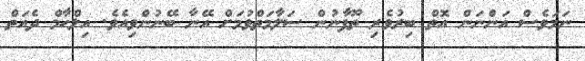
ނަމަވެސް އަންނަން އޮތް ބިރުވެރި ތޫފާނުން ސަލާމަތްވުމަށް އޭނާ ބޭނުންވިއެވެ. އިލްހާމް ދެއަތް